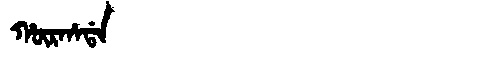
Manchu: ᡥᡡᡵᡥᠠᡩᠠ
Romanization: HŪRHADA